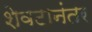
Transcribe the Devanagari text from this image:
शेवटानंतर